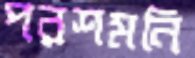
পরশমনি